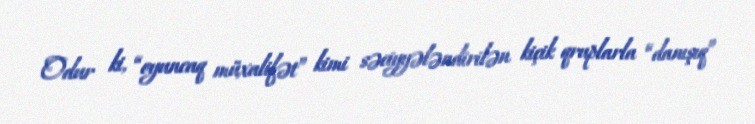
Odur ki, “oyuncaq müxalifət” kimi səciyyələndirilən kiçik qruplarla “danışıq”